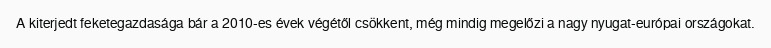
A kiterjedt feketegazdasága bár a 2010-es évek végétől csökkent, még mindig megelőzi a nagy nyugat-európai országokat.